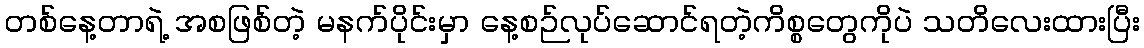
တစ်နေ့တာရဲ့ အစဖြစ်တဲ့ မနက်ပိုင်းမှာ နေ့စဉ်လုပ်ဆောင်ရတဲ့ကိစ္စတွေကိုပဲ သတိလေးထားပြီး